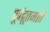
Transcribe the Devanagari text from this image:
पूर्वद्रूतगती